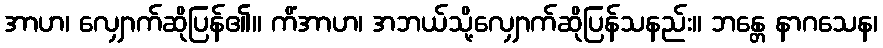
အာဟ၊ လျှောက်ဆိုပြန်၏။ ကိံအာဟ၊ အဘယ်သို့လျှောက်ဆိုပြန်သနည်း။ ဘန္တေ နာဂသေန၊